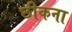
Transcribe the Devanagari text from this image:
छीकना